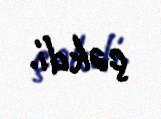
çəkdi.